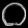
Digit: ၀